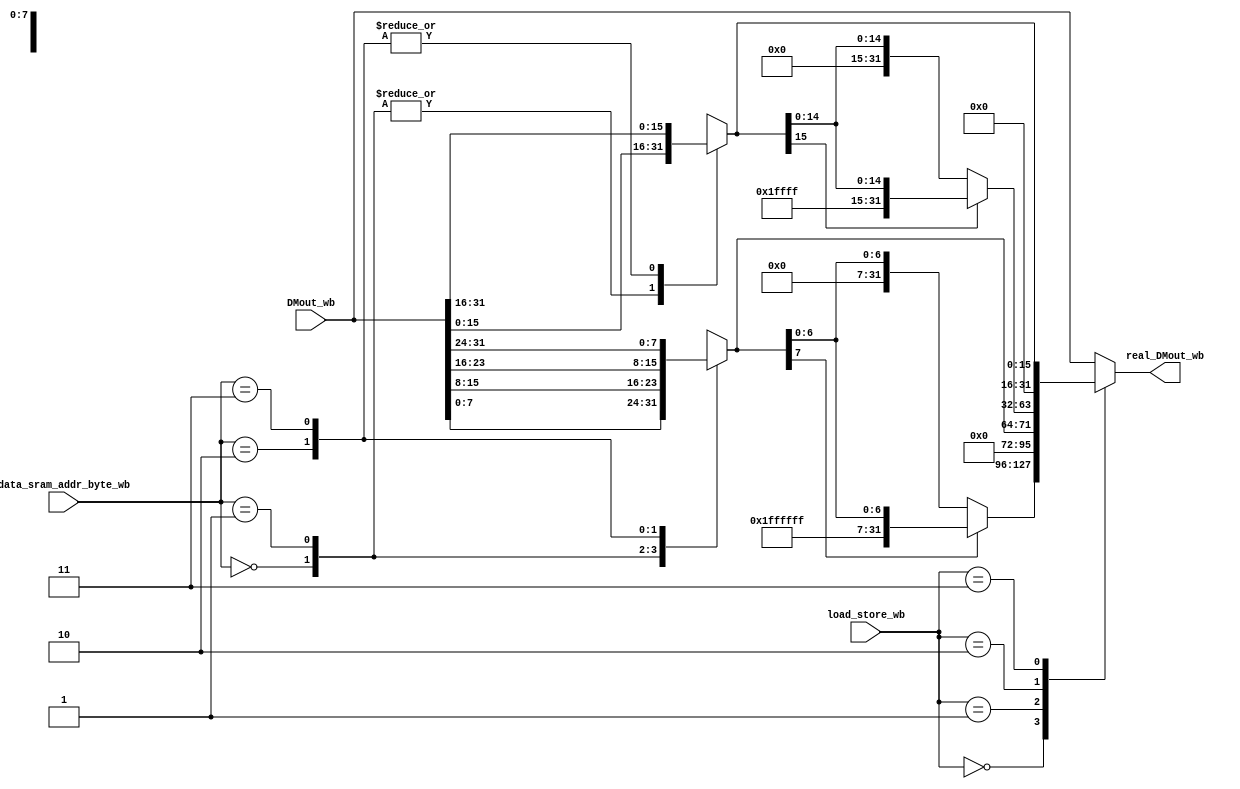
/*
**	
**	RAM
**	
*/
module DMout_select_extend (
	input 		[2:0]			load_store_wb,
	input 		[31:0]			DMout_wb,
	input 		[1:0]			data_sram_addr_byte_wb,
	
	output reg 	[31:0]			real_DMout_wb
);
	
	reg	[7:0]	byte_;
	reg	[15:0]	half;

	always @(*) begin
		case(data_sram_addr_byte_wb)
			2'b00: begin
				byte_ <= DMout_wb[7:0];
				half <= DMout_wb[15:0];
			end // 2'b00:
			2'b01: begin
				byte_ <= DMout_wb[15:8];
				half <= DMout_wb[15:0];
			end // 2'b01:
			2'b10: begin
				byte_ <= DMout_wb[23:16];
				half <= DMout_wb[31:16];
			end // 2'b10:
			2'b11: begin
				byte_ <= DMout_wb[31:24];
				half <= DMout_wb[31:16];
			end // 2'b11:
			default: begin
				byte_ <= DMout_wb[7:0];
				half <= DMout_wb[15:0];
			end
		endcase
	end // always @(*)

	always @(*) begin
		case(load_store_wb)
			3'b000: begin	//lb
				real_DMout_wb <= byte_[7] ? {24'hffffff,byte_} : {24'h000000,byte_};
			end // 3'b000:
			3'b001:	begin	//lbu
				real_DMout_wb <= {24'h000000,byte_};
			end // 3'b001:
			3'b010:	begin	//lh
				real_DMout_wb <= half[15] ? {16'hffff,half} : {16'h0000,half};
			end // 3'b010:
			3'b011: begin	//lhu
				real_DMout_wb <= {16'h0000,half};
			end // 3'b011:
			3'b100: begin	//lw
				real_DMout_wb <= DMout_wb;
			end // 3'b100:
			default: begin
				real_DMout_wb <= DMout_wb;
			end
		endcase
	end // always @(*)
	
endmodule